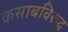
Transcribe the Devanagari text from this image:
कसाबविरुद्ध